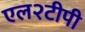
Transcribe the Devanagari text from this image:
एल२टीपी